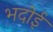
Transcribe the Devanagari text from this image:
भदोई